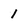
Character: 1